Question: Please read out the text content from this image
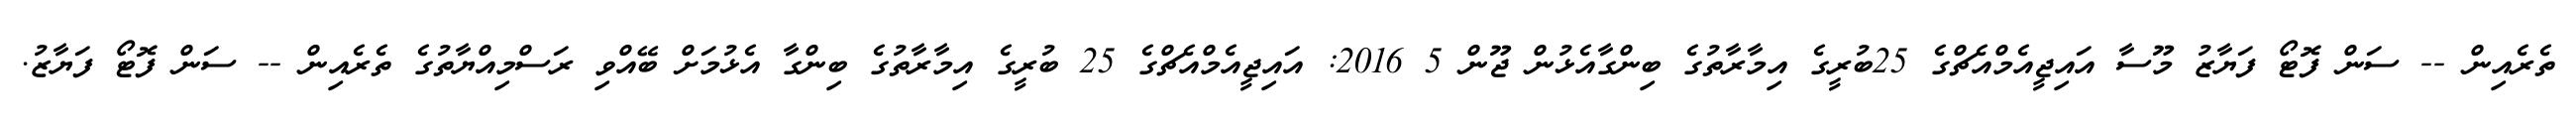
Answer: ތެރެއިން -- ސަން ފޮޓޯ ފަޔާޒު މޫސާ އައިޖީއެމްއެޗްގެ 25ބުރީގެ އިމާރާތުގެ ބިންގާއެޅުން ޖޫން 5 2016: އައިޖީއެމްއެޗްގެ 25 ބުރީގެ އިމާރާތުގެ ބިންގާ އެޅުމަށް ބޭއްވި ރަސްމިއްޔާތުގެ ތެރެއިން -- ސަން ފޮޓޯ ފަޔާޒު.